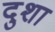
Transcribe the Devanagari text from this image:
दुशा